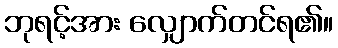
ဘုရင့်အား လျှောက်တင်ရ၏။